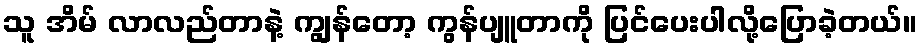
သူ အိမ် လာလည်တာနဲ့ ကျွန်တော့ ကွန်ပျူတာကို ပြင်ပေးပါလို့ပြောခဲ့တယ်။